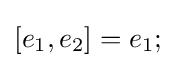
[e_{1},e_{2}]=e_{1};